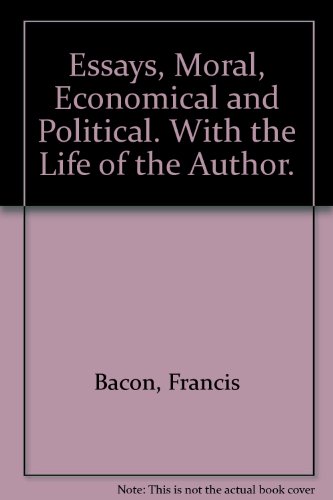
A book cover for Essays, Moral, Economical and Political. With the Life of the Author.; Crafts, Hobbies & Home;